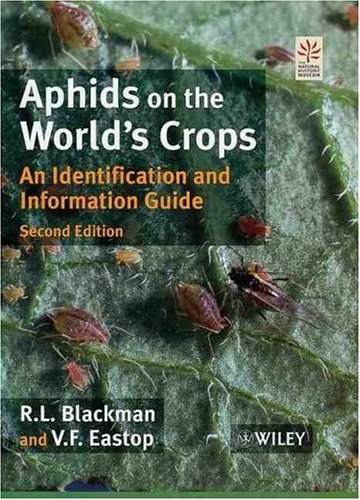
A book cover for Aphids on the World's Crops: An Identification and Information Guide, 2nd Edition; R. L. Blackman; Science & Math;